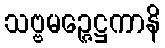
သဗ္ဗမဉ္ဇေဋ္ဌကာနိ